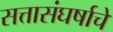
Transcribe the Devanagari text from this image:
सत्तासंघर्षाचे